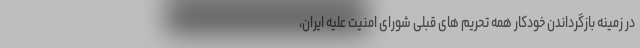
در زمینه بازگرداندن خودکار همه تحریم های قبلی شورای امنیت علیه ایران،